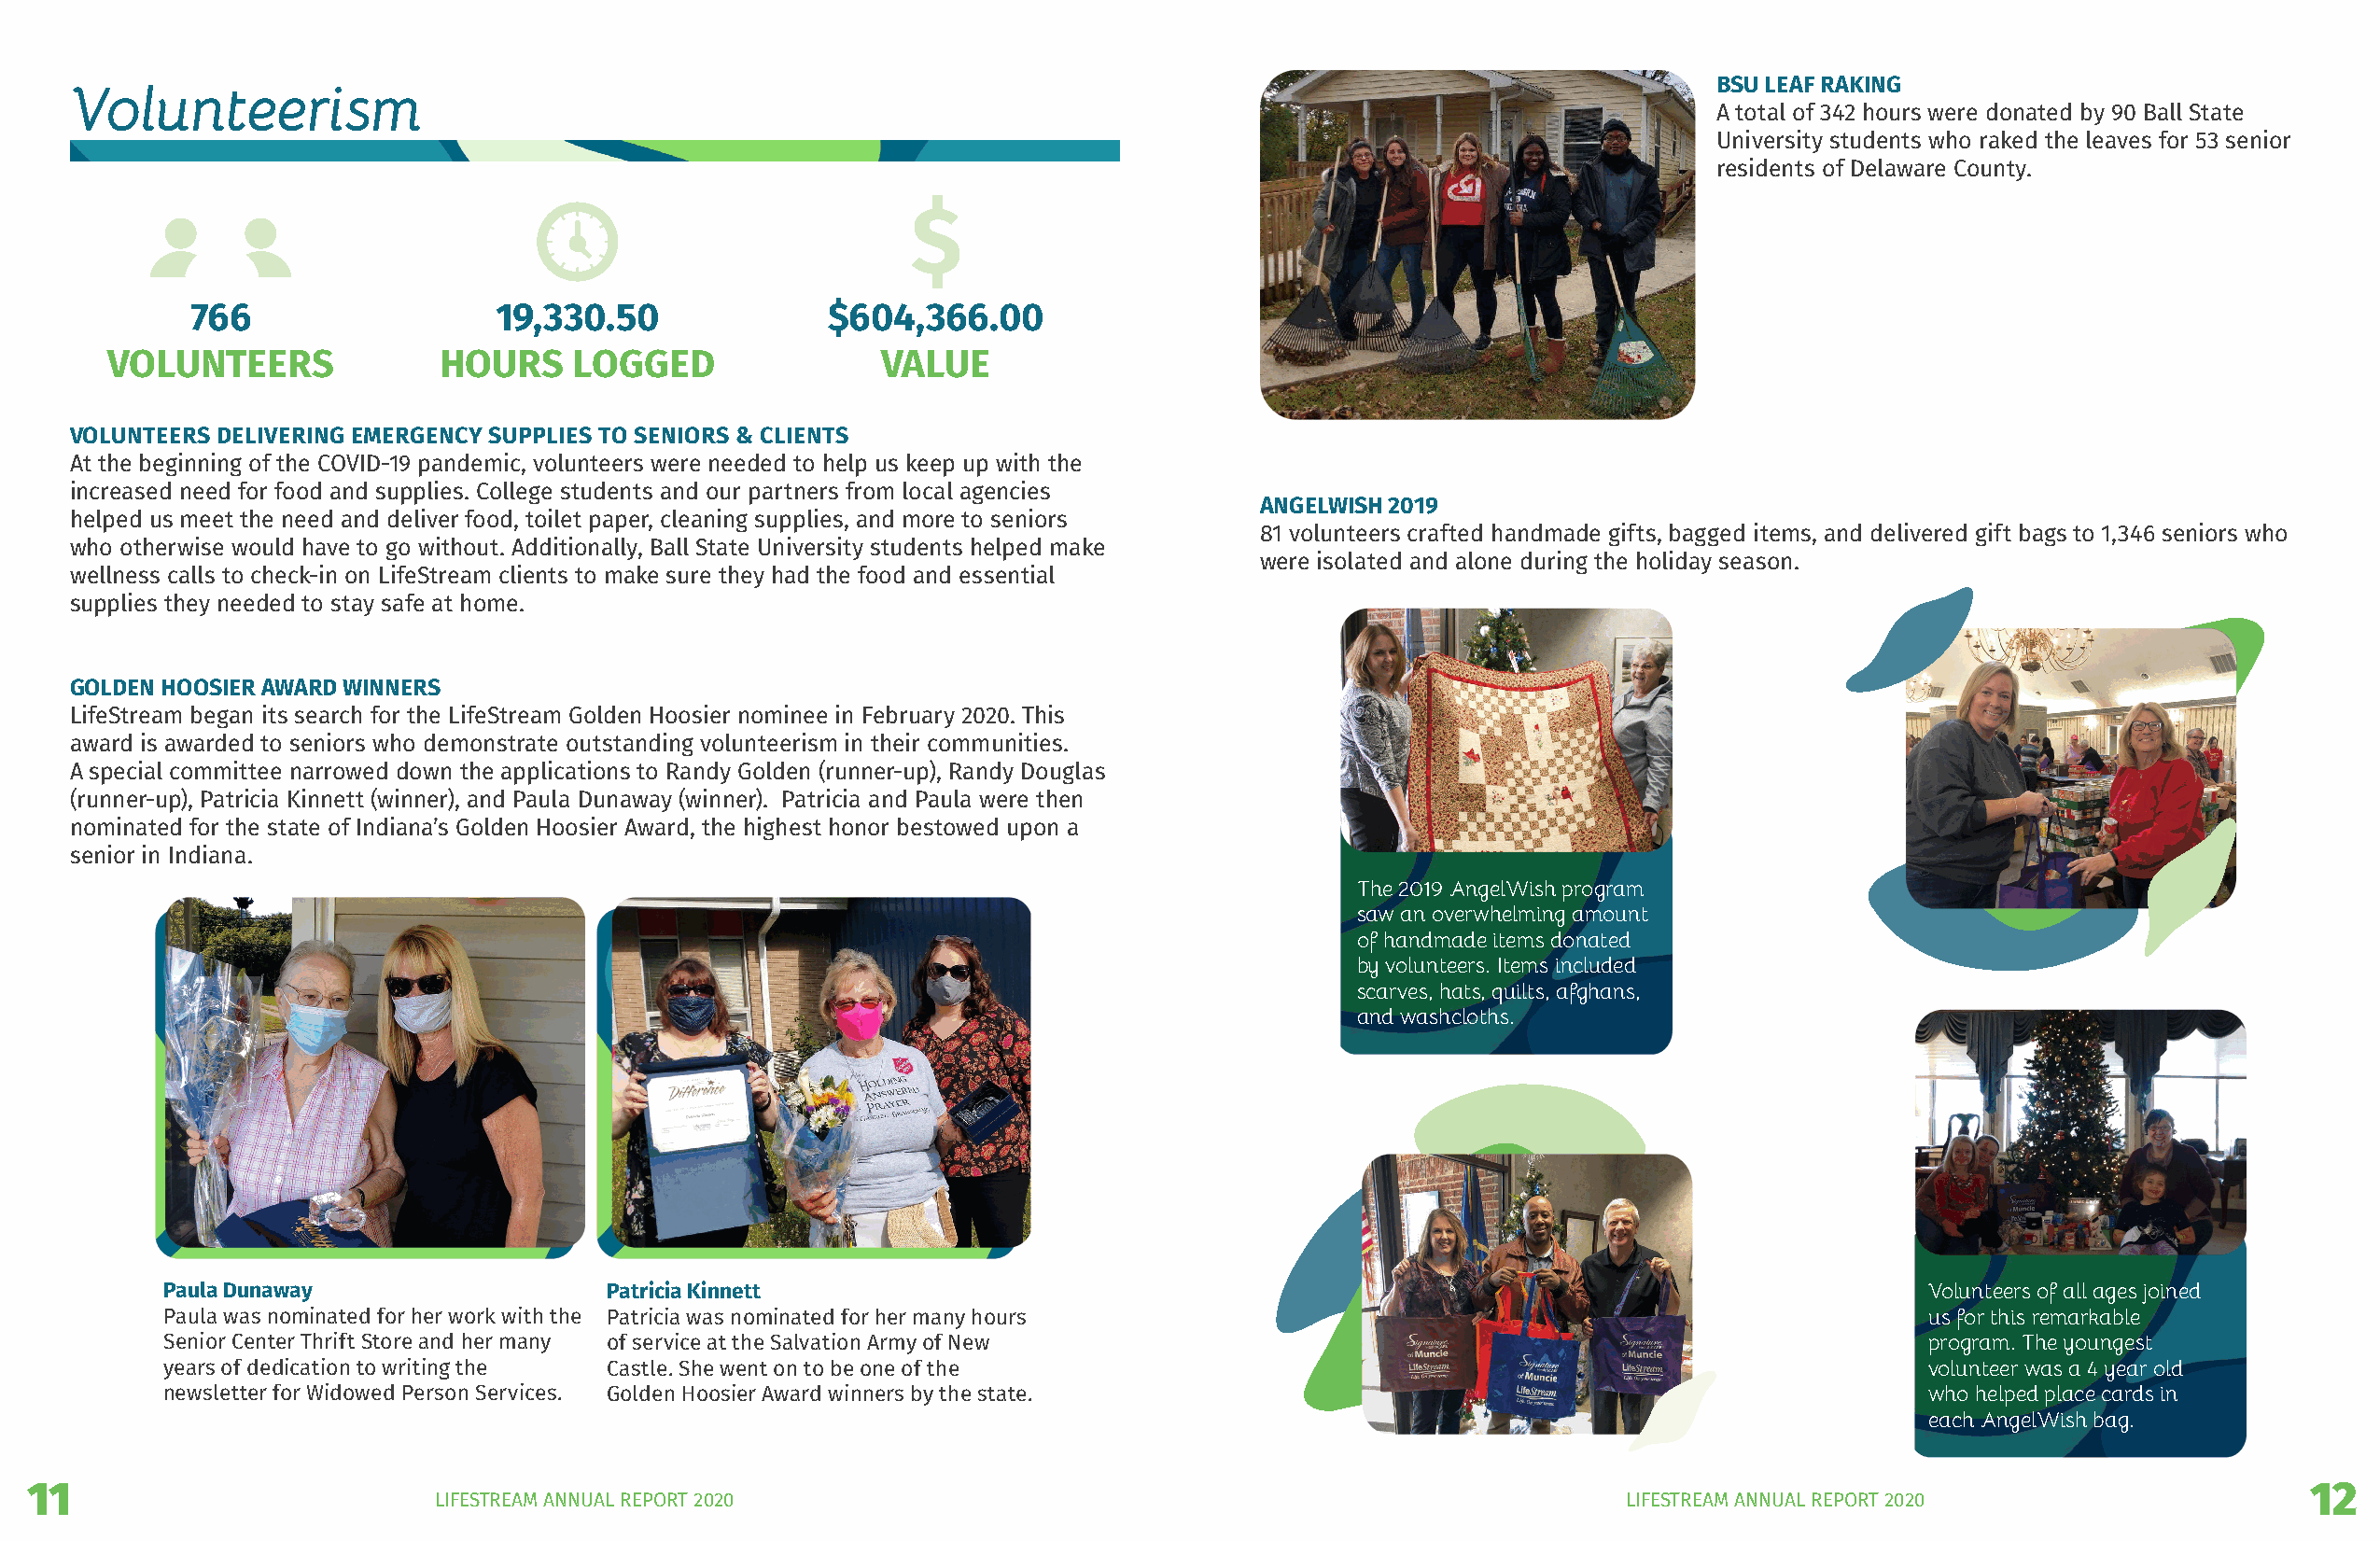
BSU LEAF RAKING
 Volunteerism
 A total of 342 hours were donated by 90 Ball State
 University students who raked the leaves for 53 senior
 residents of Delaware County.
 766                   19,330.50               $604,366.00
 VOLUNTEERS             HOURS     LOGGED               VALUE
 VOLUNTEERS DELIVERING EMERGENCY SUPPLIES TO SENIORS & CLIENTS
 At the beginning of the COVID-19 pandemic, volunteers were needed to help us keep up with the
 increased need for food and supplies. College students and our partners from local agencies
 ANGELWISH 2019
 helped us meet the need and deliver food, toilet paper, cleaning supplies, and more to seniors
 81 volunteers crafted handmade gifts, bagged items, and delivered gift bags to 1,346 seniors who
 who otherwise would have to go without. Additionally, Ball State University students helped make
 were isolated and alone during the holiday season.
 wellness calls to check-in on LifeStream clients to make sure they had the food and essential
 supplies they needed to stay safe at home.
 GOLDEN HOOSIER AWARD WINNERS
 LifeStream began its search for the LifeStream Golden Hoosier nominee in February 2020. This
 award is awarded to seniors who demonstrate outstanding volunteerism in their communities.
 A special committee narrowed down the applications to Randy Golden (runner-up), Randy Douglas
 (runner-up), Patricia Kinnett (winner), and Paula Dunaway (winner). Patricia and Paula were then
 nominated for the state of Indiana’s Golden Hoosier Award, the highest honor bestowed upon a
 senior in Indiana.
 The 2019 AngelWish program
 saw an overwhelming amount
 of handmade items donated
 by volunteers. Items included
 scarves, hats, quilts, afghans,
 and washcloths.
 Paula Dunaway                  Patricia Kinnett                                                                              Volunteers of all ages joined
 Paula was nominated for her work with the Patricia was nominated for her many hours                                          us for this remarkable
 Senior Center Thrift Store and her many of service at the Salvation Army of New                                              program. The youngest
 years of dedication to writing the Castle. She went on to be one of the                                                      volunteer was a 4 year old
 newsletter for Widowed Person Services. Golden Hoosier Award winners by the state.                                           who helped place cards in
 each AngelWish bag.
 11                                                                                                                                                                12
 LIFESTREAM ANNUAL REPORT 2020                                                       LIFESTREAM ANNUAL REPORT 2020